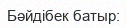
Бәйдібек батыр: